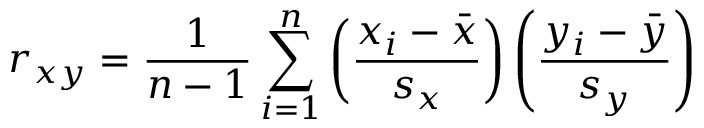
r _ { x y } = { \frac { 1 } { n - 1 } } \sum _ { i = 1 } ^ { n } \left( { \frac { x _ { i } - { \bar { x } } } { s _ { x } } } \right) \left( { \frac { y _ { i } - { \bar { y } } } { s _ { y } } } \right)